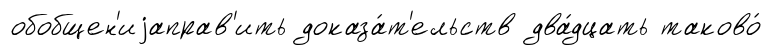
обобщен'иjаправ'ить доказа́т'ельств два́дцать таково́